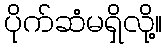
ပိုက်ဆံမရှိလို့။